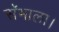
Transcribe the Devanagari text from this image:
सॅभाला।